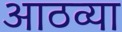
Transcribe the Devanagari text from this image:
आठव्‍या